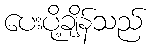
ပေးပို့ချိန်သည်